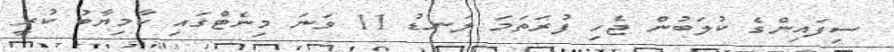
ސިފައިންގެ ކުލަބުން ޖެހި ފުރަތަމަ ލަނޑު 11 ވަނަ މިނެޓްގައި ކާމިޔާބު ކުރީ